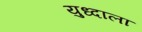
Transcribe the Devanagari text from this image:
युध्दाला